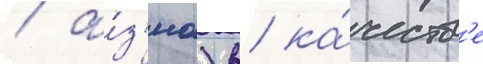
/ а́з'иа) в ка́честв'е